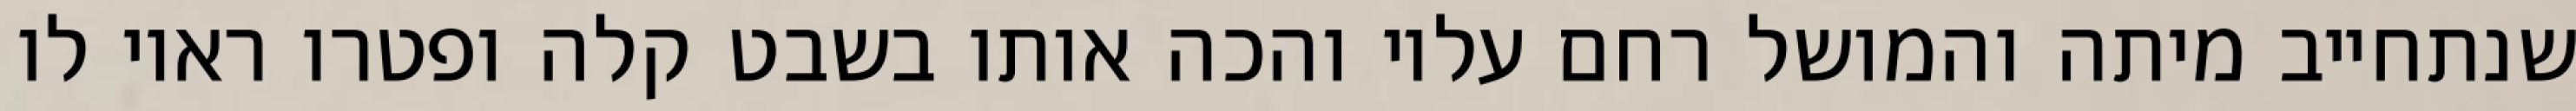
שנתחייב מיתה והמושל רחם עליו והכה אותו בשבט קלה ופטרו ראוי לו